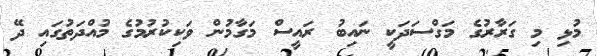
މުޅި މި ގަރާރުގެ މަގްސަދަކީ ނައިބު ރައީސް މަގާމުން ވަކިކުރުމުގެ މުއްދަތުގައި ދޭ